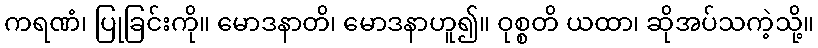
ကရဏံ၊ ပြုခြင်းကို။ မောဒနာတိ၊ မောဒနာဟူ၍။ ဝုစ္စတိ ယထာ၊ ဆိုအပ်သကဲ့သို့။